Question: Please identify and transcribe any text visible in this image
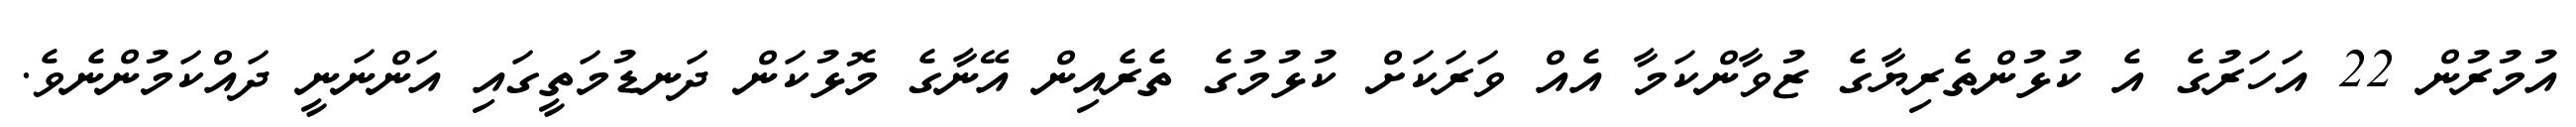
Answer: އުމުރުން 22 އަހަރުގެ އެ ކުޅުންތެރިޔާގެ ޒުވާންކަމާ އެއް ވަރަކަށް ކުޅުމުގެ ތެރެއިން އޭނާގެ މޮޅުކަން ދަނޑުމަތީގައި އަންނަނީ ދައްކަމުންނެވެ.